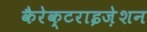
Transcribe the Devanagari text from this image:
कैरेक्टराइज़ेशन